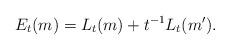
LaTeX: \begin{align*}E_t(m)= L_t(m)+ t^{-1}L_t(m'). \end{align*}